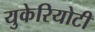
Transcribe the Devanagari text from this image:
युकेरियोटी